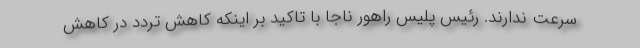
سرعت ندارند. رئیس پلیس راهور ناجا با تاکید بر اینکه کاهش تردد در کاهش